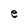
Character: e